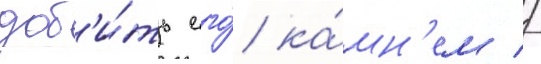
доб'и́ть его́ ка́мн'ем //